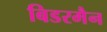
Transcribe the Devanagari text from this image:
बिडरमैन